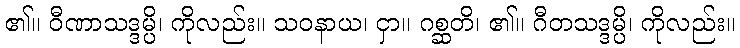
၏။ ဝီဏာသဒ္ဒမ္ပိ၊ ကိုလည်း။ သဝနာယ၊ ငှာ။ ဂစ္ဆတိ၊ ၏။ ဂီတသဒ္ဒမ္ပိ၊ ကိုလည်း။